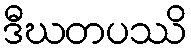
ဒီဃတပဿိ